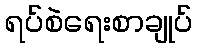
ရပ်စဲရေးစာချုပ်